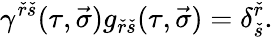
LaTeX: \gamma^{\check{r}\check{s}}(\tau,\vec{\sigma})g_{\check{r}\check{s}}(\tau,\vec{\sigma})=\delta_{\check{s}}^{\check{r}}.